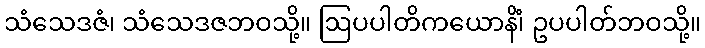
သံသေဒဇံ၊ သံသေဒဇဘဝသို့။ ဩပပါတိကယောနိံ၊ ဥပပါတ်ဘဝသို့။